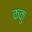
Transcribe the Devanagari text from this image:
ककु